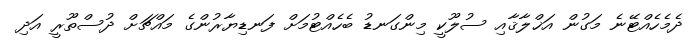
ދެމެހެއްޓޭނެ މަގުން އަޚްލާޤާއި ސުލޫކީ މިންގަނޑު ބެހެއްޓުމަށް ފަނޑިޔާރުންގެ މައްޗަށް ދުސްތޫރީ އަދި